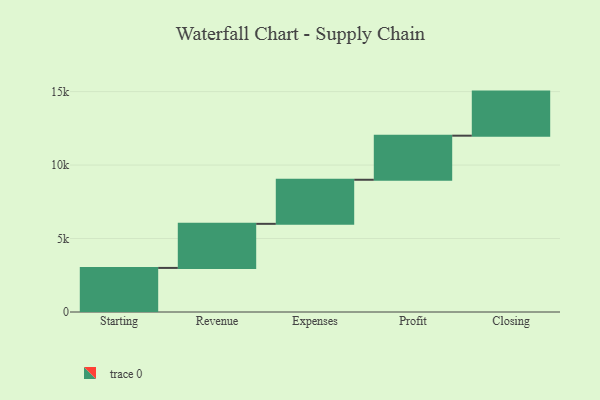
{"axis": {"x": "Step", "y": "Value"}, "legend": [""], "data": [{"x": "Starting", "y": 3000, "type": ""}, {"x": "Revenue", "y": 3000, "type": ""}, {"x": "Expenses", "y": 3000, "type": ""}, {"x": "Profit", "y": 3000, "type": ""}, {"x": "Closing", "y": 3000, "type": ""}]}